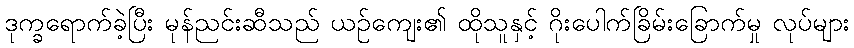
ဒုက္ခရောက်ခဲ့ပြီး မုန်ညင်းဆီသည် ယဉ်ကျေး၏ ထိုသူနှင့် ဂိုးပေါက်ခြိမ်းခြောက်မှု လုပ်များ